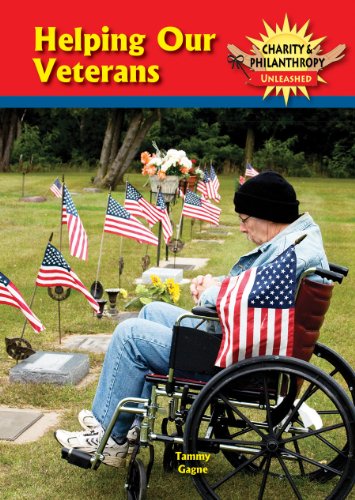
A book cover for Helping Our Veterans (Charity and Philanthropy Unleashed); Tammy Gagne; Teen & Young Adult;